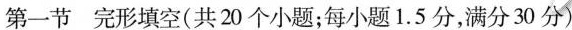
第一节 完形填空(共20个小题;每小题 1.5分,满分30分)